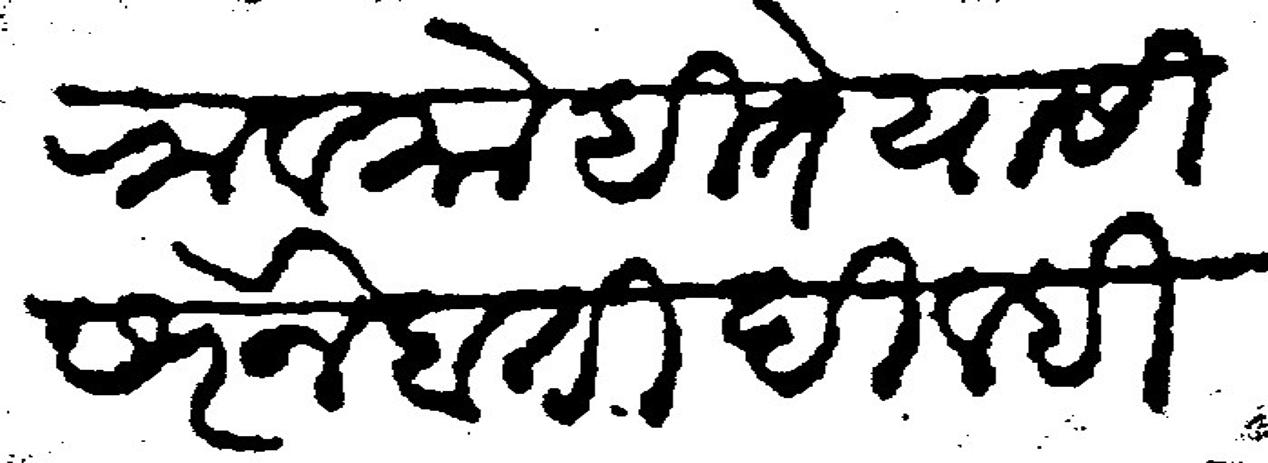
Transliteration (Devanagari): वि मोहिते यासी सर नैबती दिल्ही